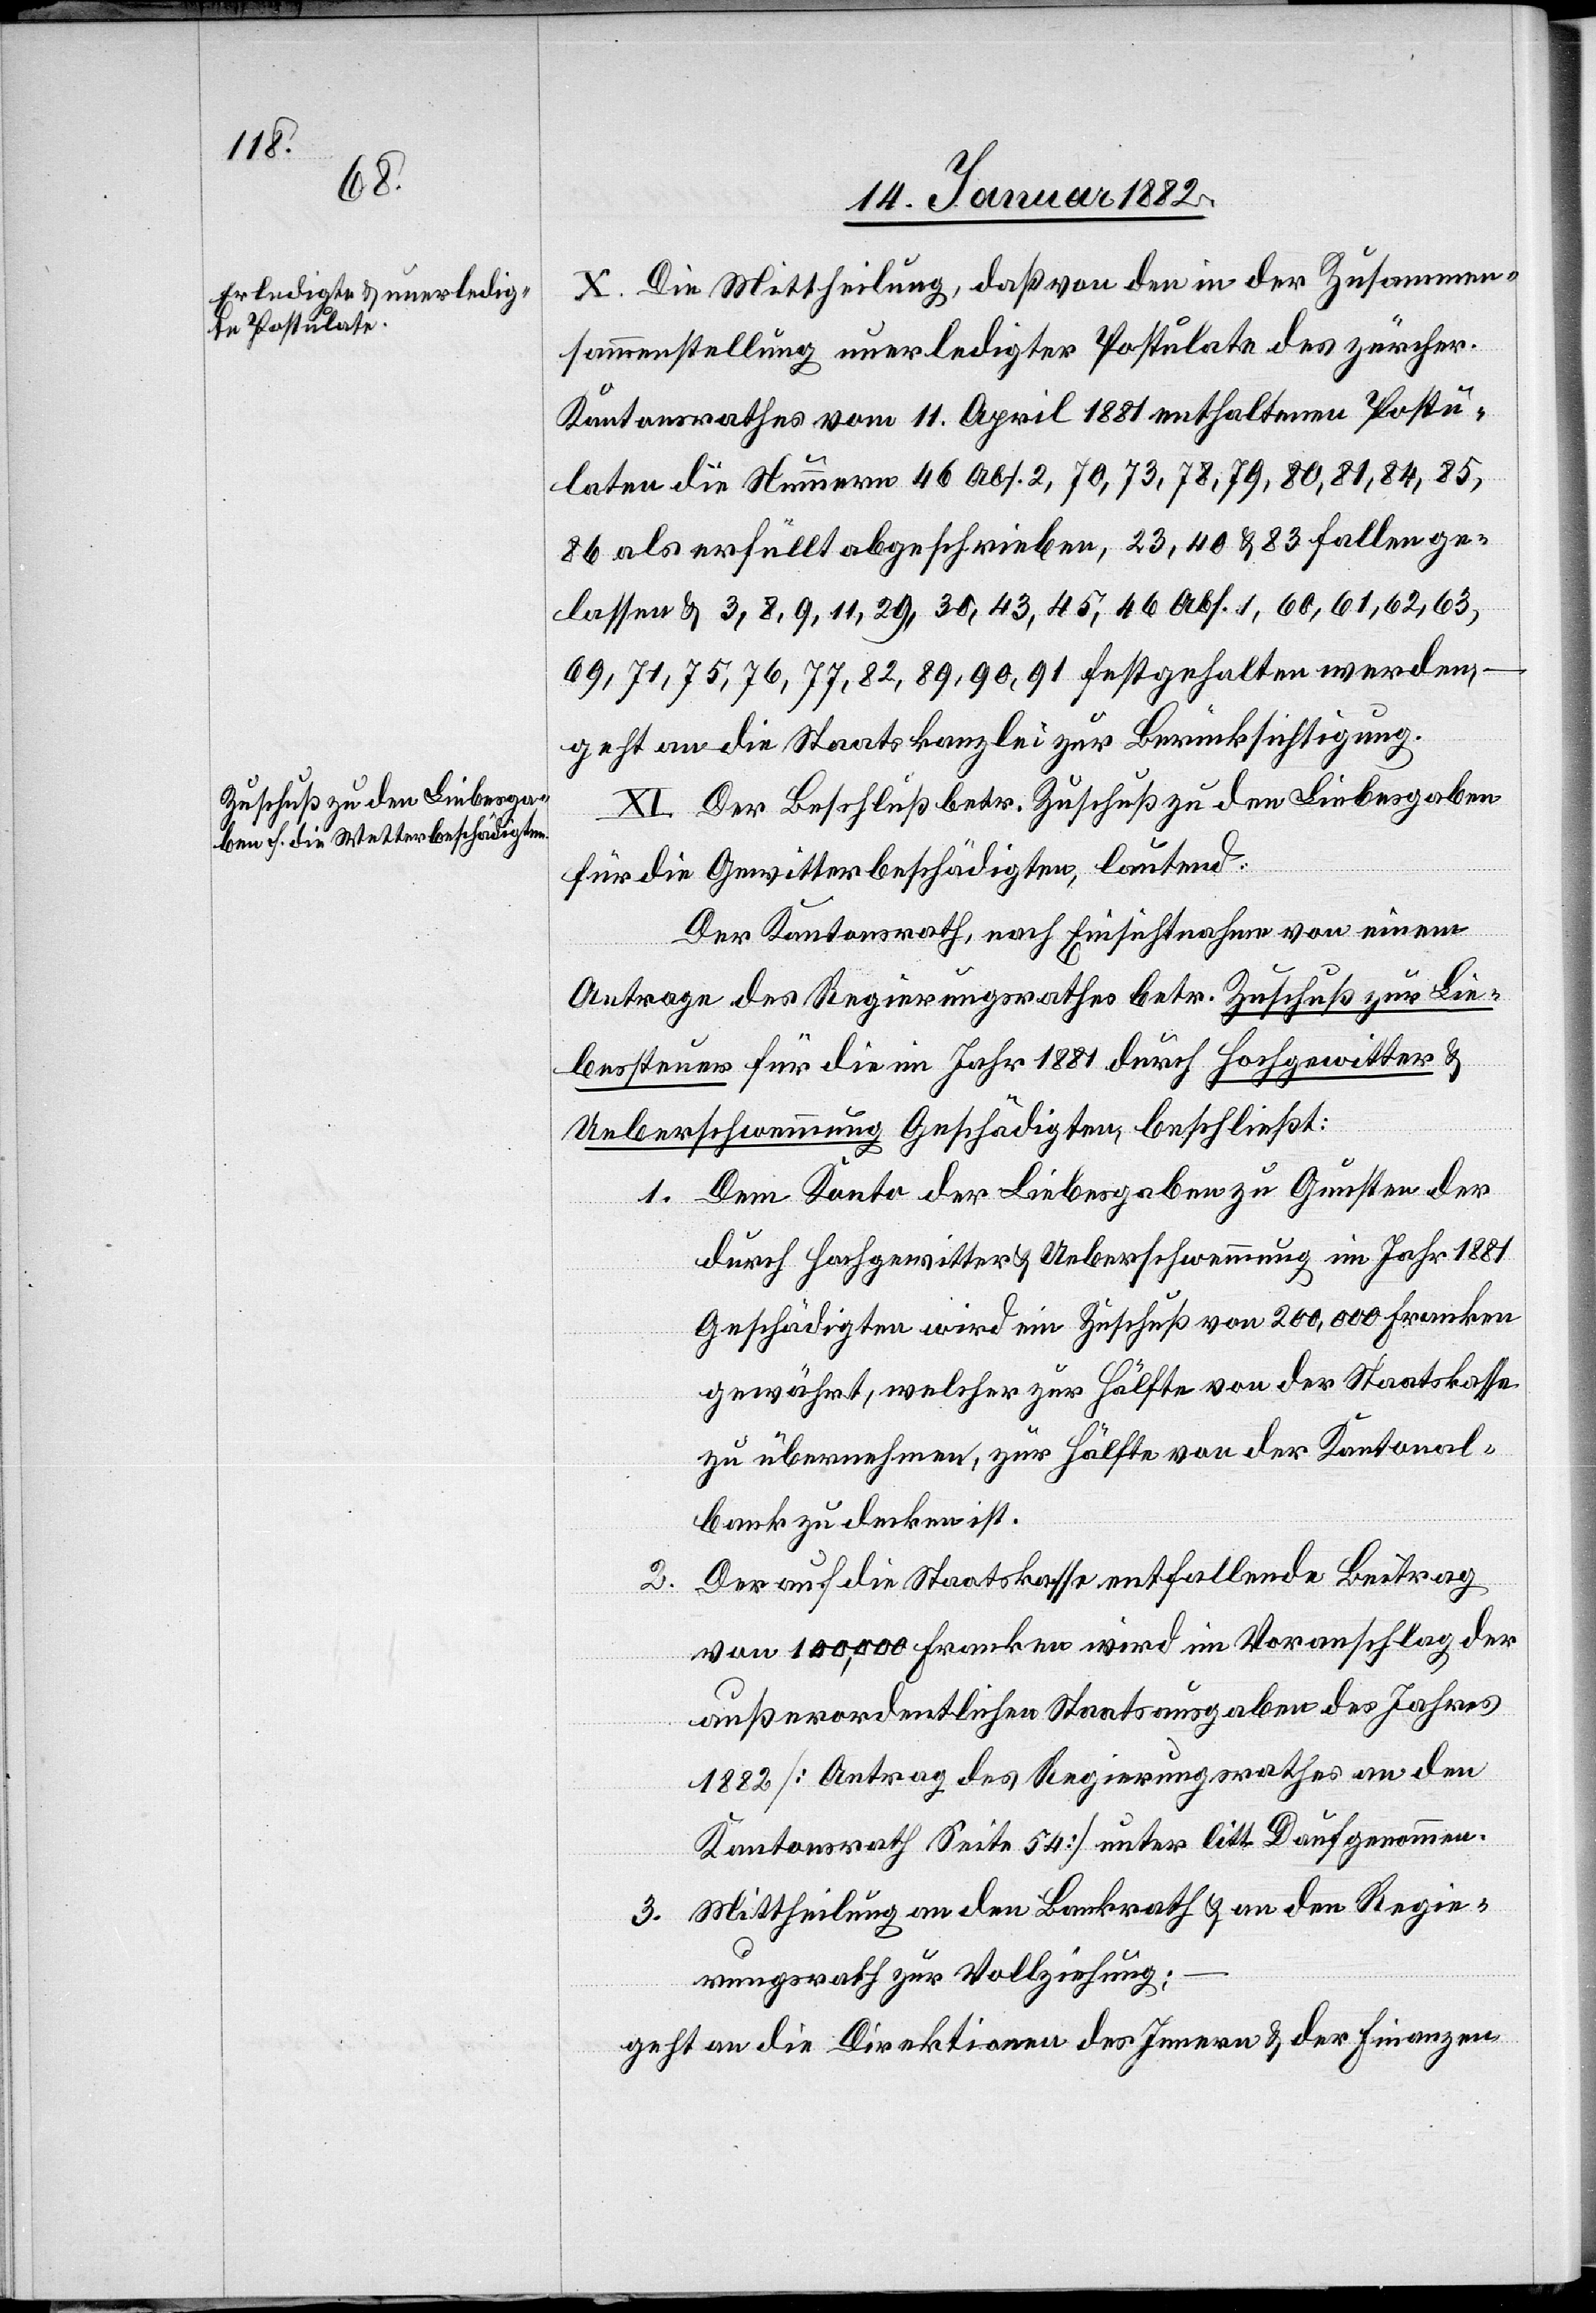
X. Die Mittheilung, daß von den in der Zusammen¬
sammenstellung [sic!] unerledigter Postulate des zürch.
Kantonsrathes vom 11. April 1881 enthaltene Postu¬
late die Nummern 46 Abs. 2, 70, 73, 78, 79, 80, 81, 84, 85,
86 als erfüllt abzuschreiben, 23, 40 & 83 fallen ge¬
lassen & 3, 8, 9, 11, 29, 30, 43, 45, 46 Abs. 1, 60, 61, 62, 63,
69, 71, 75, 76, 77, 82, 89, 90, 91 festgehalten werden,
geht an die Staatskanzlei zur Berücksichtigung.
XI. Der Beschluß betr. Zuschuß zu den Liebesgaben
für die Gewitterbeschädigten, lautet:
Der Kantonsrath, nach Einsichtnahme von einem
Antrage des Regierungsrathes betr. Zuschuß zur Lie¬
bessteuer für die im Jahr 1881 durch Hochgewitter &
Ueberschwemmung Geschädigten, beschließt:
1. Dem Konto der Liebesgabe zu Gunsten der
durch Hochgewitter & Ueberschwemmung im Jahr 1881
Geschädigten wird ein Zuschuß von 200,000 Franken
gewährt, welcher zur Hälfte von der Staatskasse
zu übernehmen, zur Hälfte von der Kantonal¬
bank zu decken ist.
Der auf die Staatskasse entfallende Beitrag
2.
von 100,000 Franken wird im Voranschlag der
außerordentlichen Staatsausgaben des Jahres
1882 [Antrag des Regierungsrathes an den
Kantonsrath Seite 54] unter litt. D aufgenommen.
3. Mittheilung an den Bankrath & an den Regie¬
rungsrath zur Vollziehung;
geht an die Direktion des Innern & der Finanzen